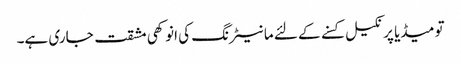
تو میڈیا پر نکیل کسنے کے لئے مانیٹرنگ کی انوکھی مشقت جاری ہے۔